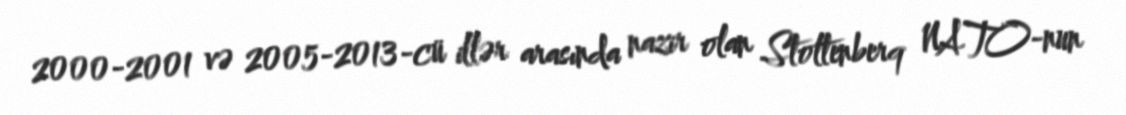
2000-2001 və 2005-2013-cü illər arasında nazir olan Stoltenberq NATO-nun